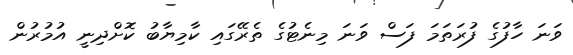
ވަނަ ހާފުގެ ފުރަތަމަ ފަސް ވަނަ މިނެޓުގެ ތެރޭގައި ކާމިޔާބު ކޮށްދިނީ އުމުރުން